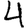
Digit: 4